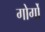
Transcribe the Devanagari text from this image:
गोर्गों